NAE_kihelkonnakohtute_kirjad_ja_protokollid_1869-1889, lk 18
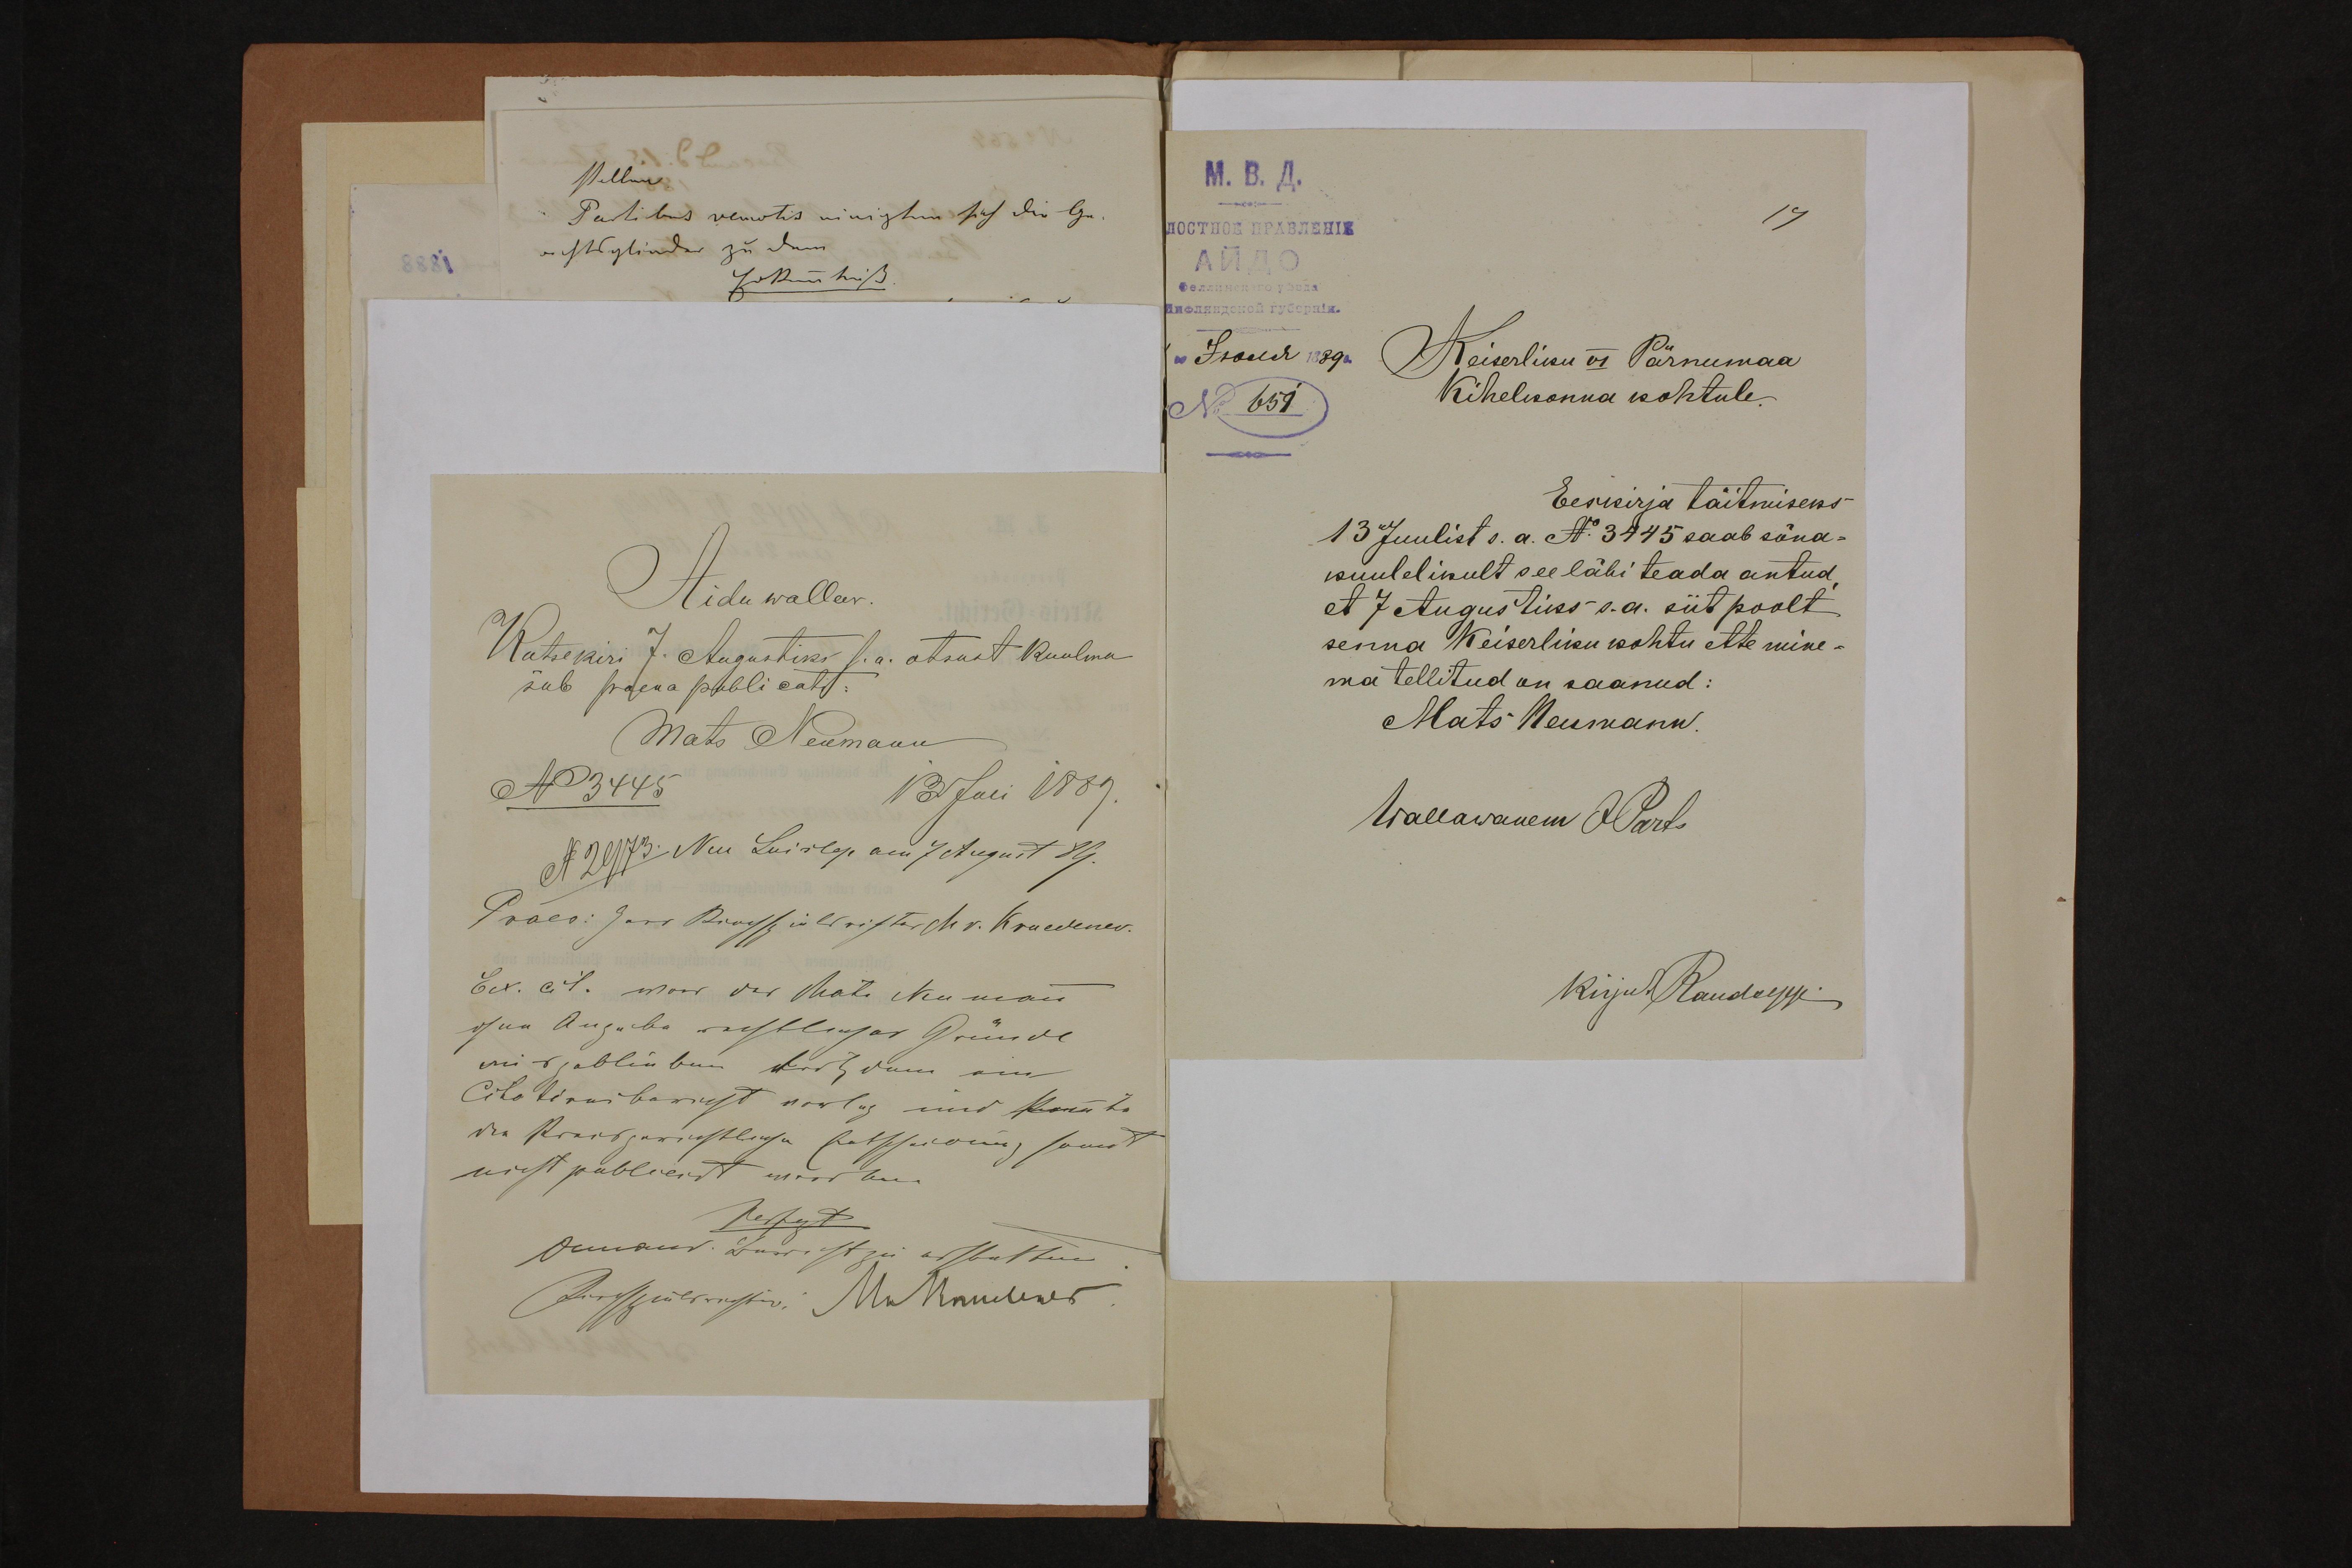
Aidu wallav.
Kutsekiri 7. Augustiks s.a. otsust kuulma
Mats Neumann

Keiserliku VI Pärnumaa
Kihelkonna kohtule.
Eeskirja täitmiseks
13 Juulist s. a. N: 3445 saab sõna-
kuulelikult see läbi teada antud
et 7 Augustiks s.a. siit poolt
senna Keiserliku kohtu ette mine-
ma tellitud on saanud:
Mats Neumann.
Wallawanem JParts
Kirjut Raudsepp.